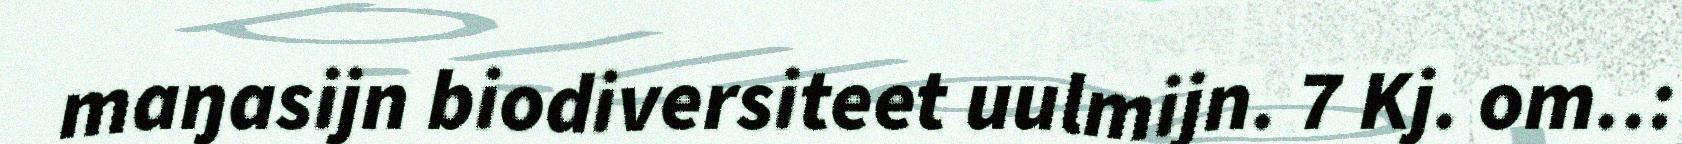
maŋasijn biodiversiteet uulmijn. 7 Kj. om..: